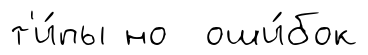
т'и́пы но оши́бок